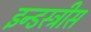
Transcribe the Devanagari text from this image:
इन्डस्ट्रीस